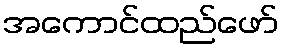
အကောင်ထည်ဖော်